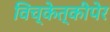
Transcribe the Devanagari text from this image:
विच्केत्कीपेर